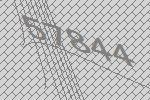
57844